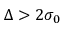
\Delta > 2 \sigma _ { 0 }